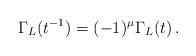
LaTeX: \begin{align*}\Gamma_L(t^{-1})=(-1)^\mu\Gamma_L(t)\,.\end{align*}